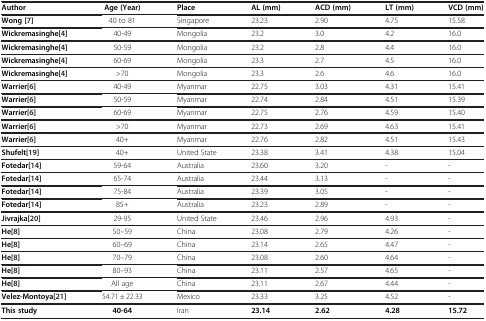
<table><thead><tr><td><b>Author</b></td><td><b>Age (Year)</b></td><td><b>Place</b></td><td><b>AL (mm)</b></td><td><b>ACD (mm)</b></td><td><b>LT (mm)</b></td><td><b>VCD (mm)</b></td></tr></thead><tbody><tr><td><b>Wong</b>[7]</td><td>40 to 81</td><td>Singapore</td><td>23.23</td><td>2.90</td><td>4.75</td><td>15.58</td></tr><tr><td><b>Wickremasinghe</b>[4]</td><td>40-49</td><td>Mongolia</td><td>23.2</td><td>3.0</td><td>4.2</td><td>16.0</td></tr><tr><td><b>Wickremasinghe</b>[4]</td><td>50-59</td><td>Mongolia</td><td>23.2</td><td>2.8</td><td>4.4</td><td>16.0</td></tr><tr><td><b>Wickremasinghe</b>[4]</td><td>60-69</td><td>Mongolia</td><td>23.3</td><td>2.7</td><td>4.5</td><td>16.0</td></tr><tr><td><b>Wickremasinghe</b>[4]</td><td>&gt;70</td><td>Mongolia</td><td>23.3</td><td>2.6</td><td>4.6</td><td>16.0</td></tr><tr><td><b>Warrier</b>[6]</td><td>40-49</td><td>Myanmar</td><td>22.75</td><td>3.03</td><td>4.31</td><td>15.41</td></tr><tr><td><b>Warrier</b>[6]</td><td>50-59</td><td>Myanmar</td><td>22.74</td><td>2.84</td><td>4.51</td><td>15.39</td></tr><tr><td><b>Warrier</b>[6]</td><td>60-69</td><td>Myanmar</td><td>22.75</td><td>2.76</td><td>4.59</td><td>15.40</td></tr><tr><td><b>Warrier</b>[6]</td><td>&gt;70</td><td>Myanmar</td><td>22.73</td><td>2.69</td><td>4.63</td><td>15.41</td></tr><tr><td><b>Warrier</b>[6]</td><td>40+</td><td>Myanmar</td><td>22.76</td><td>2.82</td><td>4.51</td><td>15.43</td></tr><tr><td><b>Shufelt</b>[19]</td><td>40+</td><td>United State</td><td>23.38</td><td>3.41</td><td>4.38</td><td>15.04</td></tr><tr><td><b>Fotedar</b>[14]</td><td>59-64</td><td>Australia</td><td>23.60</td><td>3.20</td><td>-</td><td>-</td></tr><tr><td><b>Fotedar</b>[14]</td><td>65-74</td><td>Australia</td><td>23.44</td><td>3.13</td><td>-</td><td>-</td></tr><tr><td><b>Fotedar</b>[14]</td><td>75-84</td><td>Australia</td><td>23.39</td><td>3.05</td><td>-</td><td>-</td></tr><tr><td><b>Fotedar</b>[14]</td><td>85+</td><td>Australia</td><td>23.23</td><td>2.89</td><td>-</td><td>-</td></tr><tr><td><b>Jivrajka</b>[20]</td><td>29-95</td><td>United State</td><td>23.46</td><td>2.96</td><td>4.93</td><td>-</td></tr><tr><td><b>He</b>[8]</td><td>50–59</td><td>China</td><td>23.08</td><td>2.79</td><td>4.26</td><td>-</td></tr><tr><td><b>He</b>[8]</td><td>60–69</td><td>China</td><td>23.14</td><td>2.65</td><td>4.47</td><td>-</td></tr><tr><td><b>He</b>[8]</td><td>70–79</td><td>China</td><td>23.08</td><td>2.60</td><td>4.64</td><td>-</td></tr><tr><td><b>He</b>[8]</td><td>80–93</td><td>China</td><td>23.11</td><td>2.57</td><td>4.65</td><td>-</td></tr><tr><td><b>He</b>[8]</td><td>All age</td><td>China</td><td>23.11</td><td>2.67</td><td>4.44</td><td>-</td></tr><tr><td><b>Velez-Montoya</b>[21]</td><td>54.71 ± 22.33</td><td>Mexico</td><td>23.33</td><td>3.25</td><td>4.52</td><td>-</td></tr><tr><td><b>This study</b></td><td><b>40-64</b></td><td>Iran</td><td><b>23.14</b></td><td><b>2.62</b></td><td><b>4.28</b></td><td><b>15.72</b></td></tr></tbody></table>